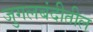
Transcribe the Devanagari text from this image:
जुगलबंदीतील